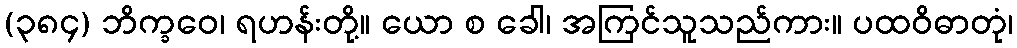
(၃၈၄) ဘိက္ခဝေ၊ ရဟန်းတို့။ ယော စ ခေါ၊ အကြင်သူသည်ကား။ ပထဝိဓာတုံ၊